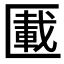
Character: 𠥠